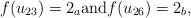
LaTeX: \begin{align*}f(u_{23})=2_a \mbox{and} f(u_{26})=2_b,\end{align*}